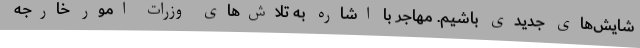
شایش‌های جدیدی باشیم. مهاجر با اشاره به تلاش‌های وزرات امور خارجه